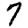
Digit: 7